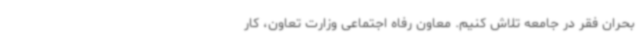
بحران فقر در جامعه تلاش کنیم. معاون رفاه اجتماعی وزارت تعاون، کار